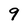
Character: 9